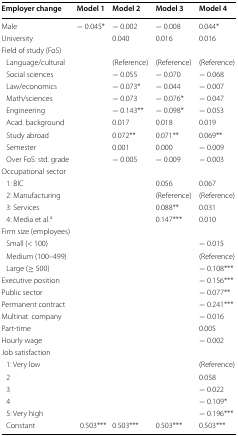
<table><thead><tr><td><b>Employer change</b></td><td><b>Model 1</b></td><td><b>Model 2</b></td><td><b>Model 3</b></td><td><b>Model 4</b></td></tr></thead><tbody><tr><td>Male</td><td>− 0.045*</td><td>− 0.002</td><td>− 0.008</td><td>0.044*</td></tr><tr><td>University</td><td></td><td>0.040</td><td>0.016</td><td>0.016</td></tr><tr><td colspan="5">Field of study (FoS)</td></tr><tr><td> Language/cultural</td><td></td><td>(Reference)</td><td>(Reference)</td><td>(Reference)</td></tr><tr><td> Social sciences</td><td></td><td>− 0.055</td><td>− 0.070</td><td>− 0.068</td></tr><tr><td> Law/economics</td><td></td><td>− 0.073*</td><td>− 0.044</td><td>− 0.007</td></tr><tr><td> Math/sciences</td><td></td><td>− 0.073</td><td>− 0.076*</td><td>− 0.047</td></tr><tr><td> Engineering</td><td></td><td>− 0.143**</td><td>− 0.098*</td><td>− 0.053</td></tr><tr><td> Acad. background</td><td></td><td>0.017</td><td>0.018</td><td>0.019</td></tr><tr><td> Study abroad</td><td></td><td>0.072**</td><td>0.071**</td><td>0.069**</td></tr><tr><td> Semester</td><td></td><td>0.001</td><td>0.000</td><td>− 0.009</td></tr><tr><td> Over FoS: std. grade</td><td></td><td>− 0.005</td><td>− 0.009</td><td>− 0.003</td></tr><tr><td colspan="5">Occupational sector</td></tr><tr><td> 1: BIC</td><td></td><td></td><td>0.056</td><td>0.067</td></tr><tr><td> 2: Manufacturing</td><td></td><td></td><td>(Reference)</td><td>(Reference)</td></tr><tr><td> 3: Services</td><td></td><td></td><td>0.088**</td><td>0.031</td></tr><tr><td> 4: Media et al.<sup>a</sup></td><td></td><td></td><td>0.147***</td><td>0.010</td></tr><tr><td colspan="5">Firm size (employees)</td></tr><tr><td> Small (&lt; 100)</td><td></td><td></td><td></td><td>− 0.015</td></tr><tr><td> Medium (100–499)</td><td></td><td></td><td></td><td>(Reference)</td></tr><tr><td> Large (≥ 500)</td><td></td><td></td><td></td><td>− 0.108***</td></tr><tr><td>Executive position</td><td></td><td></td><td></td><td>− 0.156***</td></tr><tr><td>Public sector</td><td></td><td></td><td></td><td>− 0.077**</td></tr><tr><td>Permanent contract</td><td></td><td></td><td></td><td>− 0.241***</td></tr><tr><td>Multinat. company</td><td></td><td></td><td></td><td>− 0.016</td></tr><tr><td>Part-time</td><td></td><td></td><td></td><td>0.005</td></tr><tr><td>Hourly wage</td><td></td><td></td><td></td><td>− 0.002</td></tr><tr><td colspan="5">Job satisfaction</td></tr><tr><td> 1: Very low</td><td></td><td></td><td></td><td>(Reference)</td></tr><tr><td> 2</td><td></td><td></td><td></td><td>0.058</td></tr><tr><td> 3</td><td></td><td></td><td></td><td>− 0.022</td></tr><tr><td> 4</td><td></td><td></td><td></td><td>− 0.109*</td></tr><tr><td> 5: Very high</td><td></td><td></td><td></td><td>− 0.196***</td></tr><tr><td> Constant</td><td>0.503***</td><td>0.503***</td><td>0.503***</td><td>0.503***</td></tr></tbody></table>